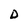
Character: D